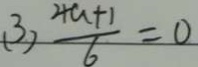
( 3 ) \frac { 4 a + 1 } { 6 } = 0